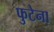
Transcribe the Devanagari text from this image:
फुटेना